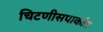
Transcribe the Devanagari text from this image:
चिटणीसपार्कात